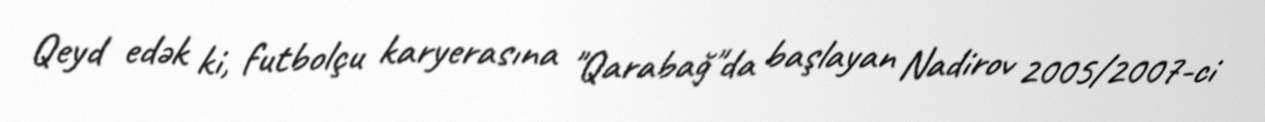
Qeyd edək ki, futbolçu karyerasına "Qarabağ"da başlayan Nadirov 2005/2007-ci